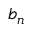
b _ { n }